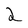
Character: 2